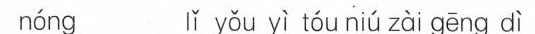
nóng lǐ yǒu yì tóu niú zài gēng dì